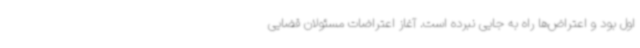
اول بود و اعتراض‌ها راه به جایی نبرده است. آغاز اعتراضات مسئولان قضایی